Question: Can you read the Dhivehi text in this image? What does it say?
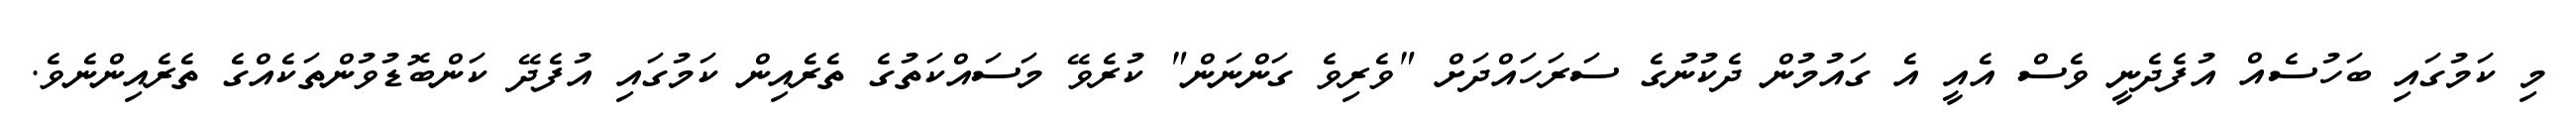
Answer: މި ކަމުގައި ބަހުސެއް އުފެދެނީ ވެސް އެއީ އެ ގައުމުން ދެކުނުގެ ސަރަހައްދަށް "ވެރިވެ ގަންނަން" ކުރެވޭ މަސައްކަތުގެ ތެރެއިން ކަމުގައި އުފެދޭ ކަންބޮޑުވުންތަކެއްގެ ތެރެއިންނެވެ.